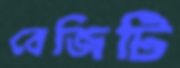
বেজিটি